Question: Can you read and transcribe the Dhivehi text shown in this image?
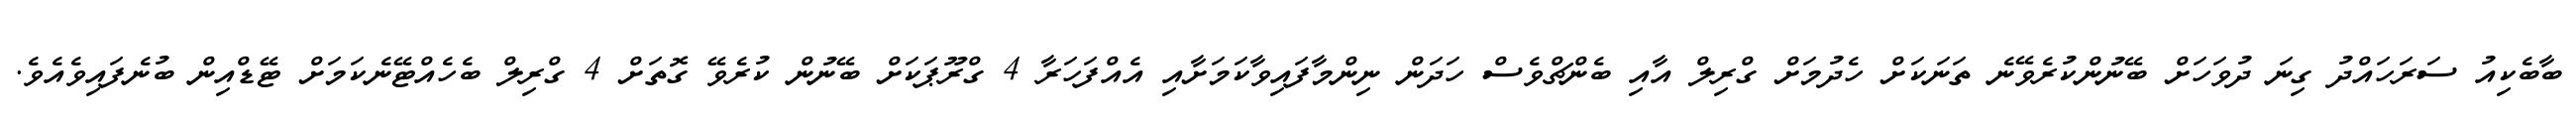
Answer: ބާބެކިއު ސަރަހައްދު ގިނަ ދުވަހަށް ބޭނުންކުރެވޭނެ ތަނަކަށް ހެދުމަށް ގްރިލް އާއި ބެންޗްވެސް ހަދަން ނިންމާފައިވާކަމަށާއި އެއްފަހަރާ 4 ގްރޫޕަކަށް ބޭނުން ކުރެވޭ ގޮތަށް 4 ގްރިލް ބެހެއްޓޭނެކަމަށް ޓޭޑްއިން ބުނެފައިވެއެވެ.